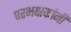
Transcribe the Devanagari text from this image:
परभक्षकांनी